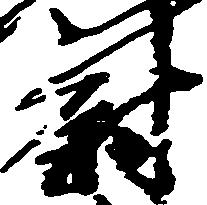
尉